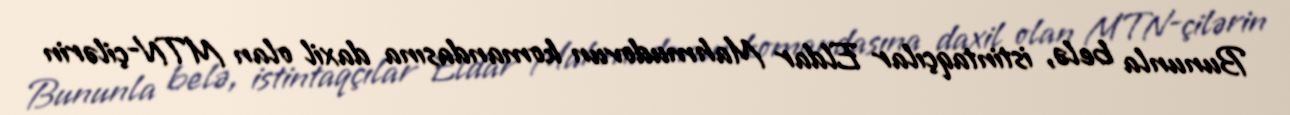
Bununla belə, istintaqçılar Eldar Mahmudovun komandasına daxil olan MTN-çilərin